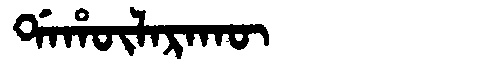
Manchu: ᡩᠠᡥᡡᠯᠠᡵᠠᡴᡡ
Romanization: DAHŪLARAKŪ